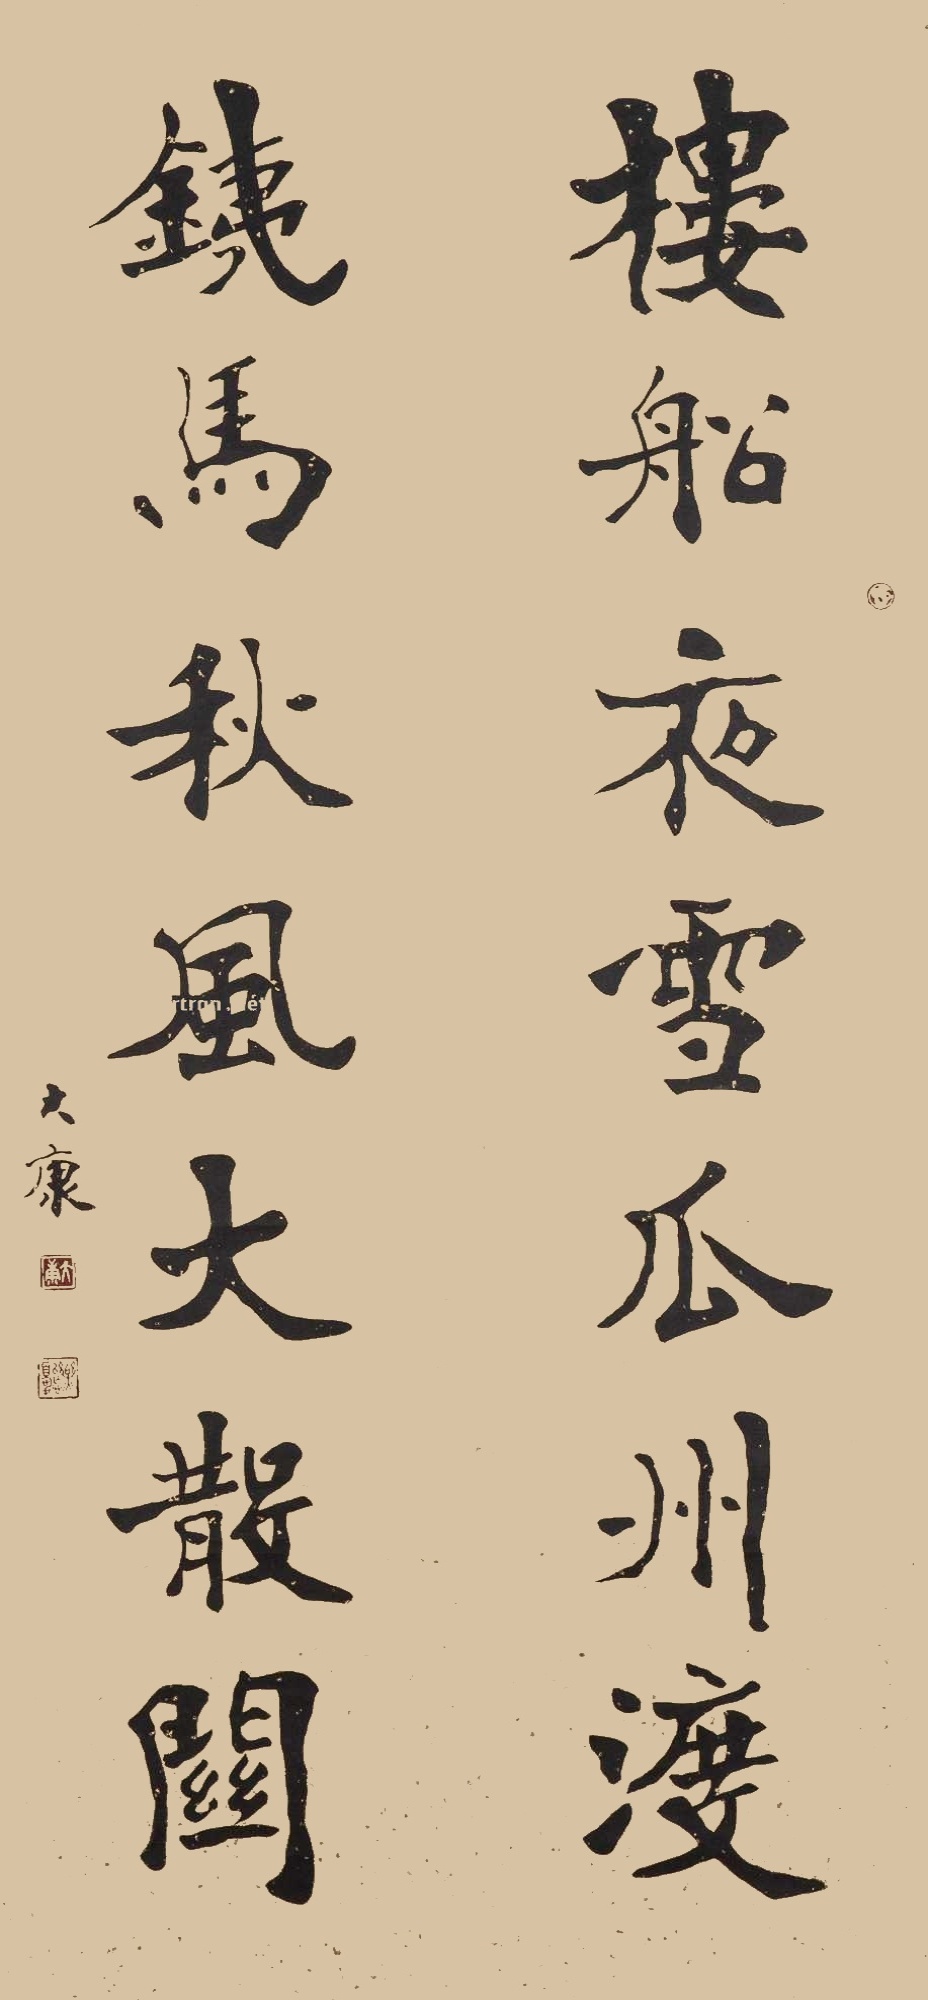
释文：楼船夜雪瓜州渡，铁马秋风大散关。